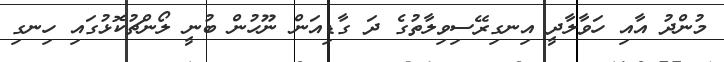
މުންދު އާއި ހަވާލާދީ އިނގިރޭސިވިލާތުގެ ދަ ގާޑިއަން ނޫހުން ބުނީ ލޯންޗުކޮޅުގައި ހިނގި